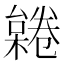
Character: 𣜨